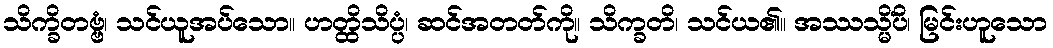
သိက္ခိတဗ္ဗံ၊ သင်ယူအပ်သော။ ဟတ္ထိသိပ္ပံ၊ ဆင်အတတ်ကို။ သိက္ခတိ၊ သင်ယ၏။ အဿသ္မိံပိ၊ မြင်းဟူသော